Report on the working of the Ranchi Indian Mental Hospital, Kanke, in Bihar and Orissa - 1930-1940
Year: 1930
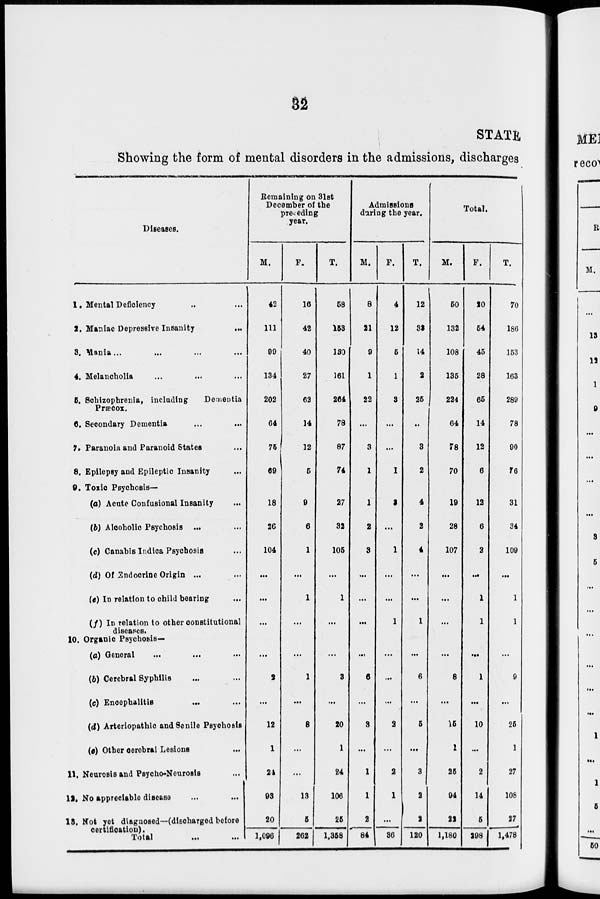
32
STATE
Showing the form of mental disorders in the admissions, discharges
Diseases.
1. Mental Deficiency ... ...
2. Maniac Depressive Insanity
...
3. Mania... ... ... ...
4. Melancholia ... ... ...
6. Sohizophrenia, including
Dementia
Præcox.
6. Secondary Dementia ... ...
7. Paranoia and Paranoid States ...
8. Epilepsy and Epileptic Insanity ...
9. Toxic Psychosis—
(a) Acute Confusional Insanity ...
(b) Alcoholic Psychosis ... ...
(c) Canabis Indica Psychosis ...
(d) Of Endocrine Origin ... ...
(e) In relation to child bearing ...
(f) In relation to other constitutional
diseases.
10. Organic Psychosis—
(a) General ... ... ...
(b) Cerebral Syphilis ... ...
(c) Encephalitis ... ...
(d) Arteriopathic and Senile Psychosis
(e) Other cerebral Lesions ...
11. Neurosis and Psycho-Neurosis ...
12. No appreciable disease ... ...
13. Not yet diagnosed—(discharged before
certification).
Total ... ...
Remaining on 31st
December of the
preceding
year.
M.
42
111
99
134
202
64
75
69
18
26
104
...
...
...
...
2
...
12
1
24
93
20
1,096
F.
16
42
40
27
62
14
12
5
9
6
1
...
1
...
...
1
...
8
...
...
13
5
262
T.
58
153
130
161
264
78
87
74
27
32
105
...
1
...
...
3
...
20
1
24
106
25
1,358
Admissions
during the year.
M.
8
21
9
1
22
...
3
1
1
2
3
...
...
...
...
6
...
3
...
1
1
2
84
F.
4
12
5
1
3
...
...
1
3
...
1
...
...
1
...
...
...
2
...
2
1
...
36
T.
12
33
14
2
25
..
3
2
4
2
4
...
...
1
...
6
...
5
...
3
2
2
120
Total.
M.
50
132
108
135
224
64
78
70
19
28
107
...
...
...
...
8
...
15
1
25
94
22
1,180
F.
20
54
45
28
65
14
12
6
12
6
2
...
1
1
...
1
...
10
...
2
14
5
298
T.
70
186
153
163
289
78
90
76
31
34
109
...
1
1
...
9
...
25
1
27
108
27
1,478